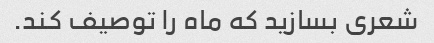
شعری بسازید که ماه را توصیف کند.